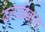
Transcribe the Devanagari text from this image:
ढलाईख़ाना